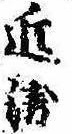
近衛